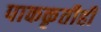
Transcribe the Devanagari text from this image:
पाककृतीही